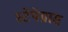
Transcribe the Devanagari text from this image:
स्टेपेग्रास